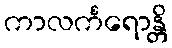
ကာလင်္ကရောန္တိ